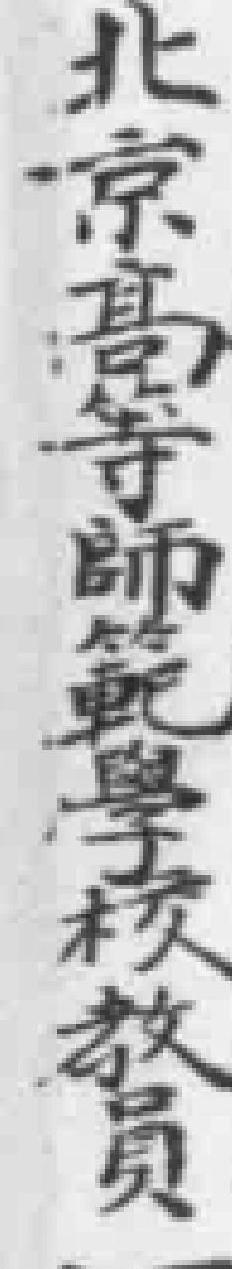
北京高等師範學校教員